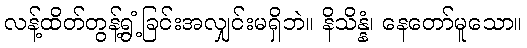
လန့်ထိတ်တွန့်ရွံ့ခြင်းအလျှင်းမရှိဘဲ။ နိသိန္နံ၊ နေတော်မူသော။